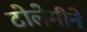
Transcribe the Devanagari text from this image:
टोलेमीने